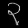
Digit: ၃